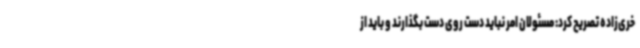
خری‌زاده تصریح کرد: مسئولان امر نباید دست روی دست بگذارند و باید از